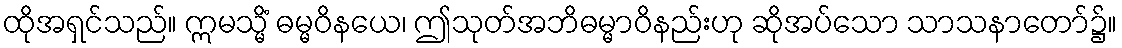
ထိုအရှင်သည်။ ဣမသ္မိံ ဓမ္မဝိနယေ၊ ဤသုတ်အဘိဓမ္မာဝိနည်းဟု ဆိုအပ်သော သာသနာတော်၌။